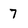
Character: 7